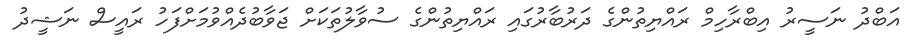
އަބްދު ނަސީރު އިބްރާހިމް ރައްޔިތުންގެ ދަރުބާރުގައި ރައްޔިތުންގެ ސުވާލުތަކަށް ޖަވާބުދެއްވުމަށްފަހު ރައީސް ނަޝީދު